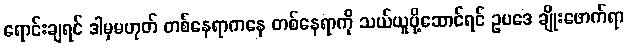
ရောင်းချရင် ဒါမှမဟုတ် တစ်နေရာကနေ တစ်နေရာကို သယ်ယူပို့ဆောင်ရင် ဥပဒေ ချိုးဖောက်ရာ